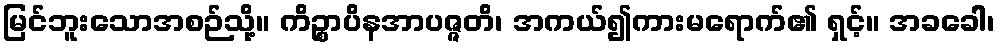
မြင်ဘူးသောအစဉ်သို့။ ကိဉ္စာပိနအာပဇ္ဇတိ၊ အကယ်၍ကားမရောက်၏ ရှင့်။ အခခေါ၊